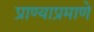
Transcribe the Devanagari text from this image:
प्राण्याप्रमाणे